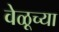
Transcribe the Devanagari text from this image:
वेळूच्या